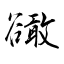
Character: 豃